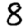
Digit: 8